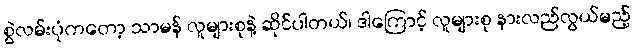
စွဲလမ်းပုံကတော့ သာမန် လူများစုနဲ့ ဆိုင်ပါတယ်၊ ဒါကြောင့် လူများစု နားလည်လွယ်မည့်